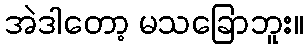
အဲဒါတော့ မသခြောဘူး။